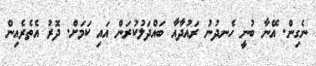
ނެގިން. އޭނާ ބުނީ ހެނދުނު ރައުދާއާ ބައްދަލުކުރަން އައި ކަަމަށް. ދޮރު އެތެރެއިން